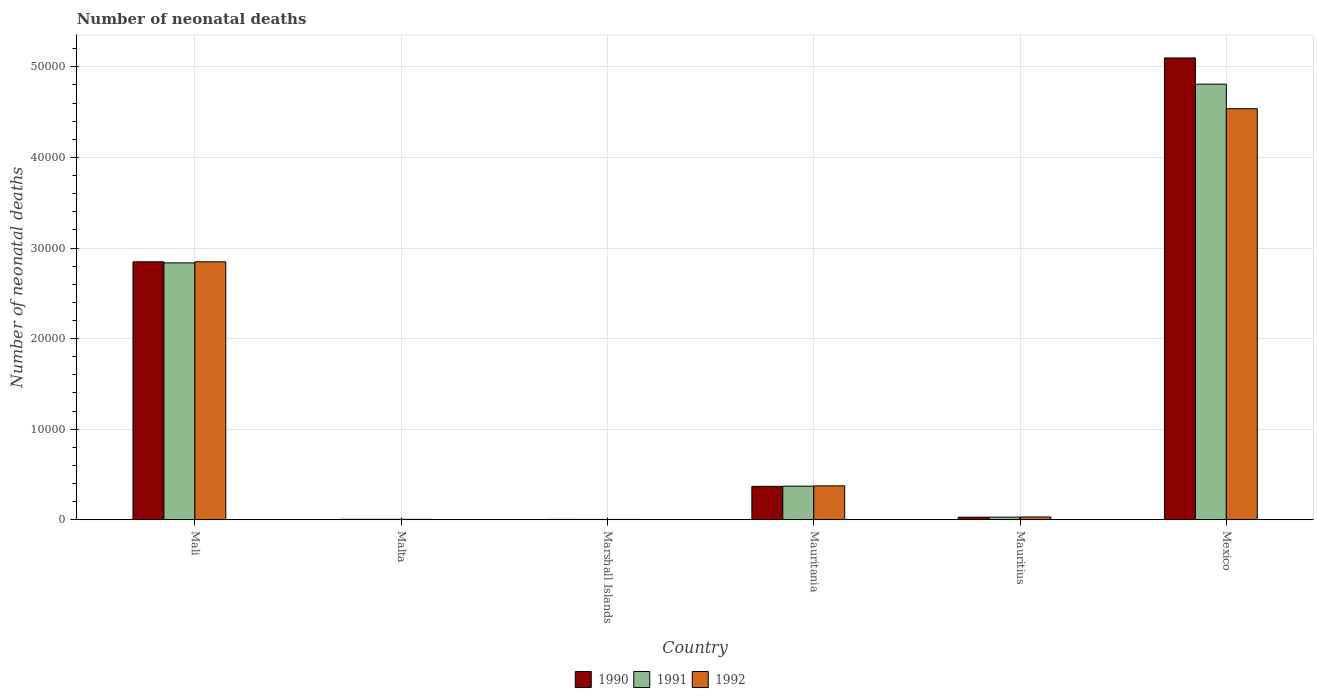
| Country | 1990 | 1991 | 1992 |
 | --- | --- | --- | --- |
 | Mali | 2.85e+04 | 2.84e+04 | 2.85e+04 |
 | Malta | 47 | 45 | 42 |
 | Marshall Islands | 40 | 39 | 38 |
 | Mauritania | 3.69e+03 | 3.71e+03 | 3.74e+03 |
 | Mauritius | 285 | 289 | 307 |
 | Mexico | 5.1e+04 | 4.81e+04 | 4.54e+04 |